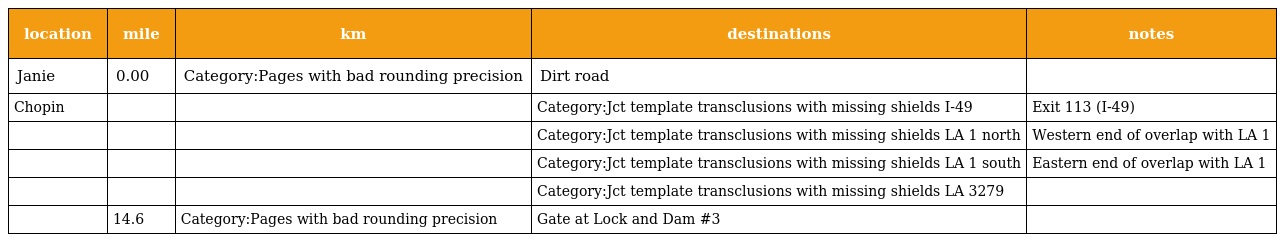
| location | mile | km | destinations | notes |
 | --- | --- | --- | --- | --- |
 | Janie | 0.00 | Category:Pages with bad rounding precision | Dirt road |  |
 | Chopin |  |  | Category:Jct template transclusions with missing shields I-49 | Exit 113 (I-49) |
 |  |  |  | Category:Jct template transclusions with missing shields LA 1 north | Western end of overlap with LA 1 |
 |  |  |  | Category:Jct template transclusions with missing shields LA 1 south | Eastern end of overlap with LA 1 |
 |  |  |  | Category:Jct template transclusions with missing shields LA 3279 |  |
 |  | 14.6 | Category:Pages with bad rounding precision | Gate at Lock and Dam #3 |  |